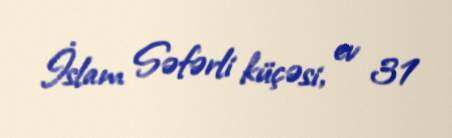
İslam Səfərli küçəsi, ev 31